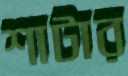
শাটার